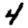
Digit: 4